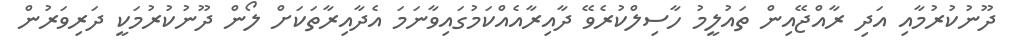
ދޫނުކުރުމާއި އަދި ރާއްޖޭއިން ތައުލީމު ހާސިލްކުރެވޭ ދާއިރާއެއްކަމުގައިވާނަމަ އެދާއިރާތަކަށް ލޯން ދޫނުކުރުމަކީ ދަރިވަރުން